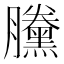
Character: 黱